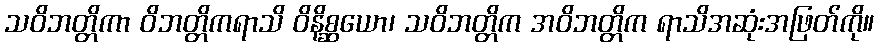
သဝိဘတ္တိကာ ဝိဘတ္တိကရာသိ ဝိနိစ္ဆယော၊ သဝိဘတ္တိက အဝိဘတ္တိက ရာသိအဆုံးအဖြတ်ကို။